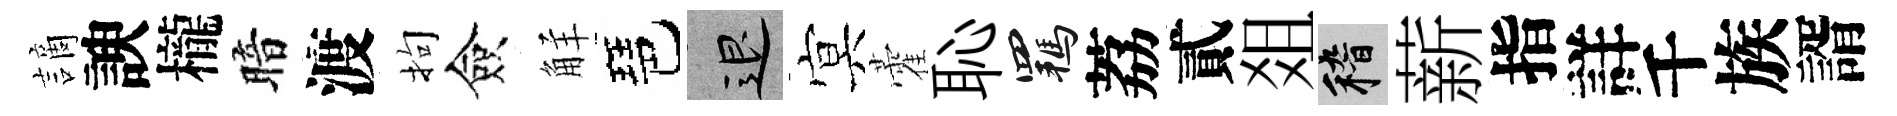
謫諛櫳暗渡拘僉觧琶退㝠藿恥羈荔貳爼稽薪指詳千族諝